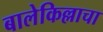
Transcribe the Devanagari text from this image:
बालेकिल्लाचा